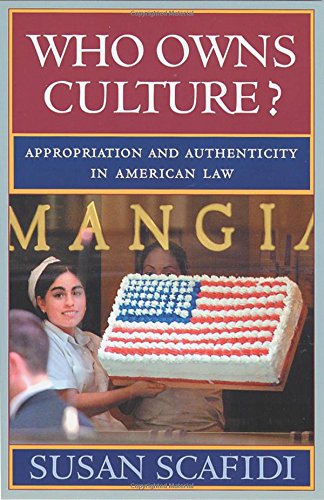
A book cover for Who Owns Culture?: Appropriation and Authenticity in American Law (Rutgers Series:  The Public Life of the Arts); Susan Scafidi; Literature & Fiction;